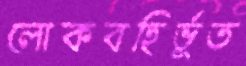
লোকবহির্ভূত